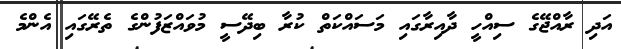
އަދި ރާއްޖޭގެ ސިއްހީ ދާއިރާގައި މަސައްކަތް ކުރާ ބިދޭސީ މުވައްޒަފުންގެ ތެރޭގައި އެންމެ